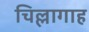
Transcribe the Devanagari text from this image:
चिल्लागाह